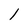
Character: l